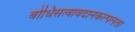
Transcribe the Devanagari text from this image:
बोधिसत्वावदानकल्पलता